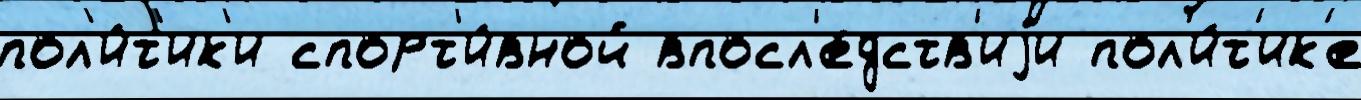
пол'и́т'ик'и спорт'и́вной впосл'е́дств'иjи пол'и́т'ик'е